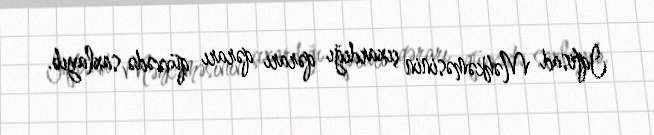
İqtisad Məhkəməsinin çıxardığı qərarı qərarı qüvvədə saxlayıb.